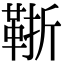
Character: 䩢